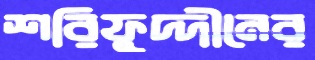
শরিফুদ্দীনের